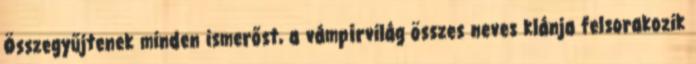
Összegyűjtenek minden ismerőst, a vámpírvilág összes neves klánja felsorakozik